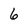
Character: 6